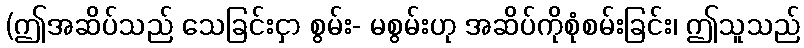
(ဤအဆိပ်သည် သေခြင်းငှာ စွမ်း- မစွမ်းဟု အဆိပ်ကိုစုံစမ်းခြင်း၊ ဤသူသည်